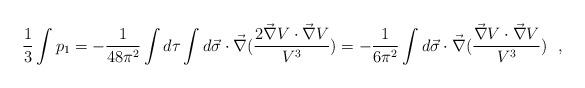
LaTeX: \begin{align*}\frac{1}{3} \int p_{1} = -\frac{1}{48\pi^{2}} \int d\tau \int d\vec{\sigma}\cdot \vec{\nabla}(\frac{2\vec{\nabla}V\cdot \vec{\nabla}V}{V^{3}})=-\frac{1}{6\pi^{2}} \int d\vec{\sigma}\cdot \vec{\nabla}(\frac{\vec{\nabla}V\cdot \vec{\nabla}V}{V^{3}})~~,\end{align*}